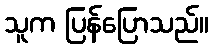
သူက ပြန်ပြောသည်။